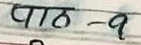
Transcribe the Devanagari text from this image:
पाठ - १